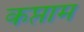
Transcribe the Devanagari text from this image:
कप्ताम